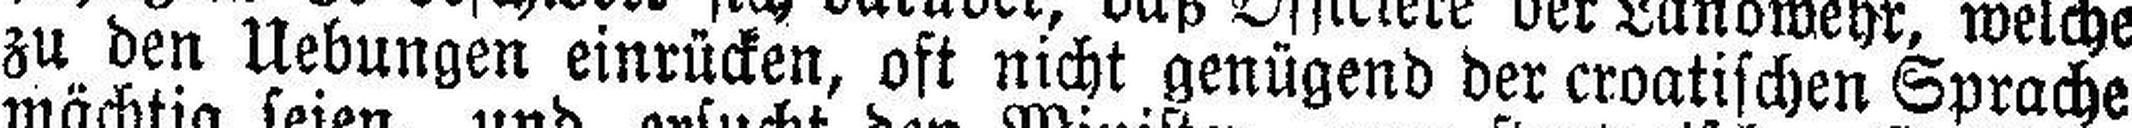
zu den Uebungen einrücken, oft nicht genügend der croatischen Sprache